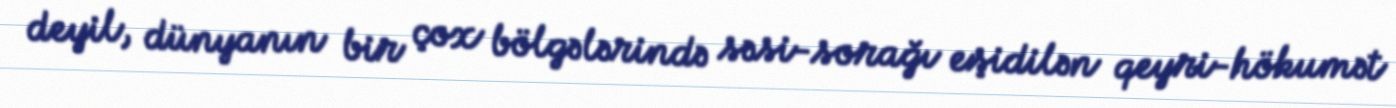
deyil, dünyanın bir çox bölgələrində səsi-sorağı eşidilən qeyri-hökumət